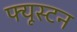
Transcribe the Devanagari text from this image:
फ्यूस्टन